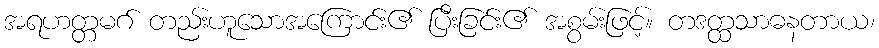
အရဟတ္တမဂ် တည်းဟူသောအကြောင်း၏ ပြီးခြင်း၏ အစွမ်းဖြင့်။ တဒတ္ထသာဓနတာယ၊